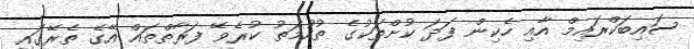
ސައިބަކްރައިމް އާއި ހެކިން ފަދަ ކުށްތަކުގެ ތުހުމަތު ކުރެވޭ ފަރާތްތައް އޭގެ ތެރޭގައި